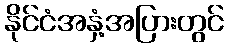
နိုင်ငံအနှံ့အပြားတွင်